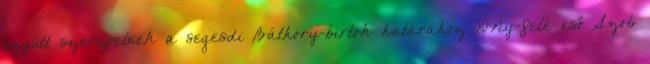
együtt szerepelnek a segesdi Báthory-birtok határához DNy-felé eső Szob